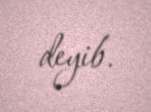
deyib.